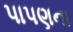
પાપણના